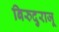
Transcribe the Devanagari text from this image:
बिरुदुराजू